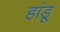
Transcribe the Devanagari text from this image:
हांडू